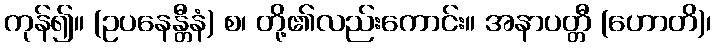
ကုန်၍။ (ဥပနေန္တီနံ) စ၊ တို့၏လည်းကောင်း။ အနာပတ္တီ (ဟောတိ)၊